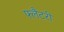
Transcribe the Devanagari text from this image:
फ्लैटरी